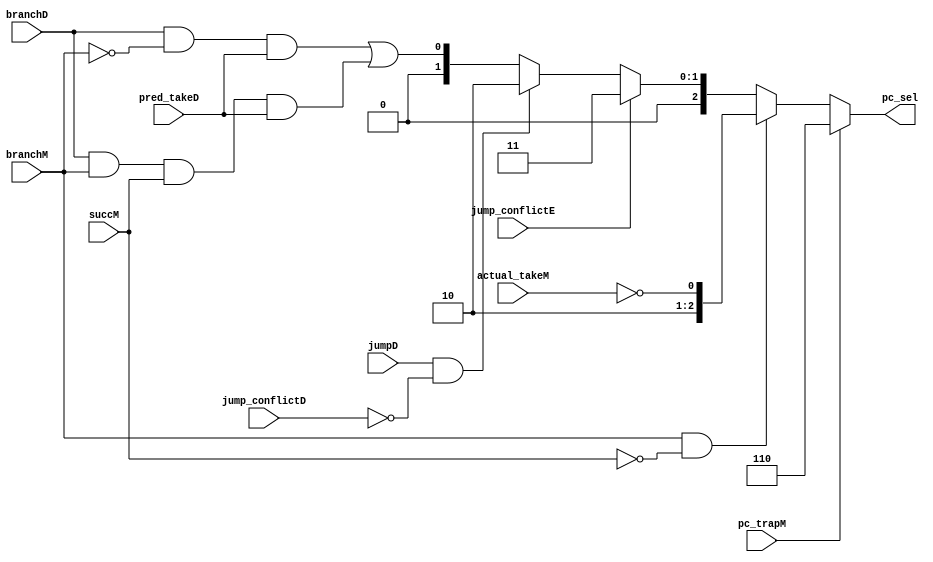
module pc_ctrl(
    input wire branchD,
    input wire branchM,
    input wire succM,
    input wire actual_takeM,
    input wire pred_takeD,

    input wire pc_trapM,
    input wire jumpD,
    input wire jump_conflictD,
    input wire jump_conflictE,

    output wire [2:0] pc_sel
);  
    assign pc_sel = pc_trapM                ? 3'b110 ://
                    branchM & ~succM        ? {2'b10, ~actual_takeM} ://
                    jump_conflictE          ? 3'b011 ://jrde
                    jumpD & ~jump_conflictD ? 3'b010 ://jjr
                    {2'b00, branchD & ~branchM & pred_takeD | branchD & branchM & succM & pred_takeD};//
endmodule